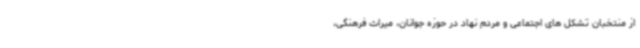
از منتخبان تشکل های اجتماعی و مردم نهاد در حوزه جوانان، میراث فرهنگی،